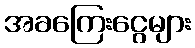
အခကြေးငွေများ